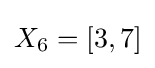
X_{6}=[3,7]